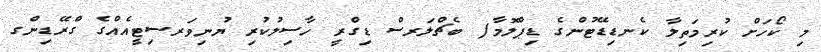
މި ކޯހަށް ކުރިމަތިލާ ކެނޑިޑޭޓުންގެ ޑިޕްލޮމާ/ ބެޗްލަރސް ޑިގްރީ ހާސިލުކުރި ޔުނިވަރސިޓީއެއްގެ ގްރޭޑިންގ